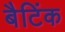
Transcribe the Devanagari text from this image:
बैटिंक